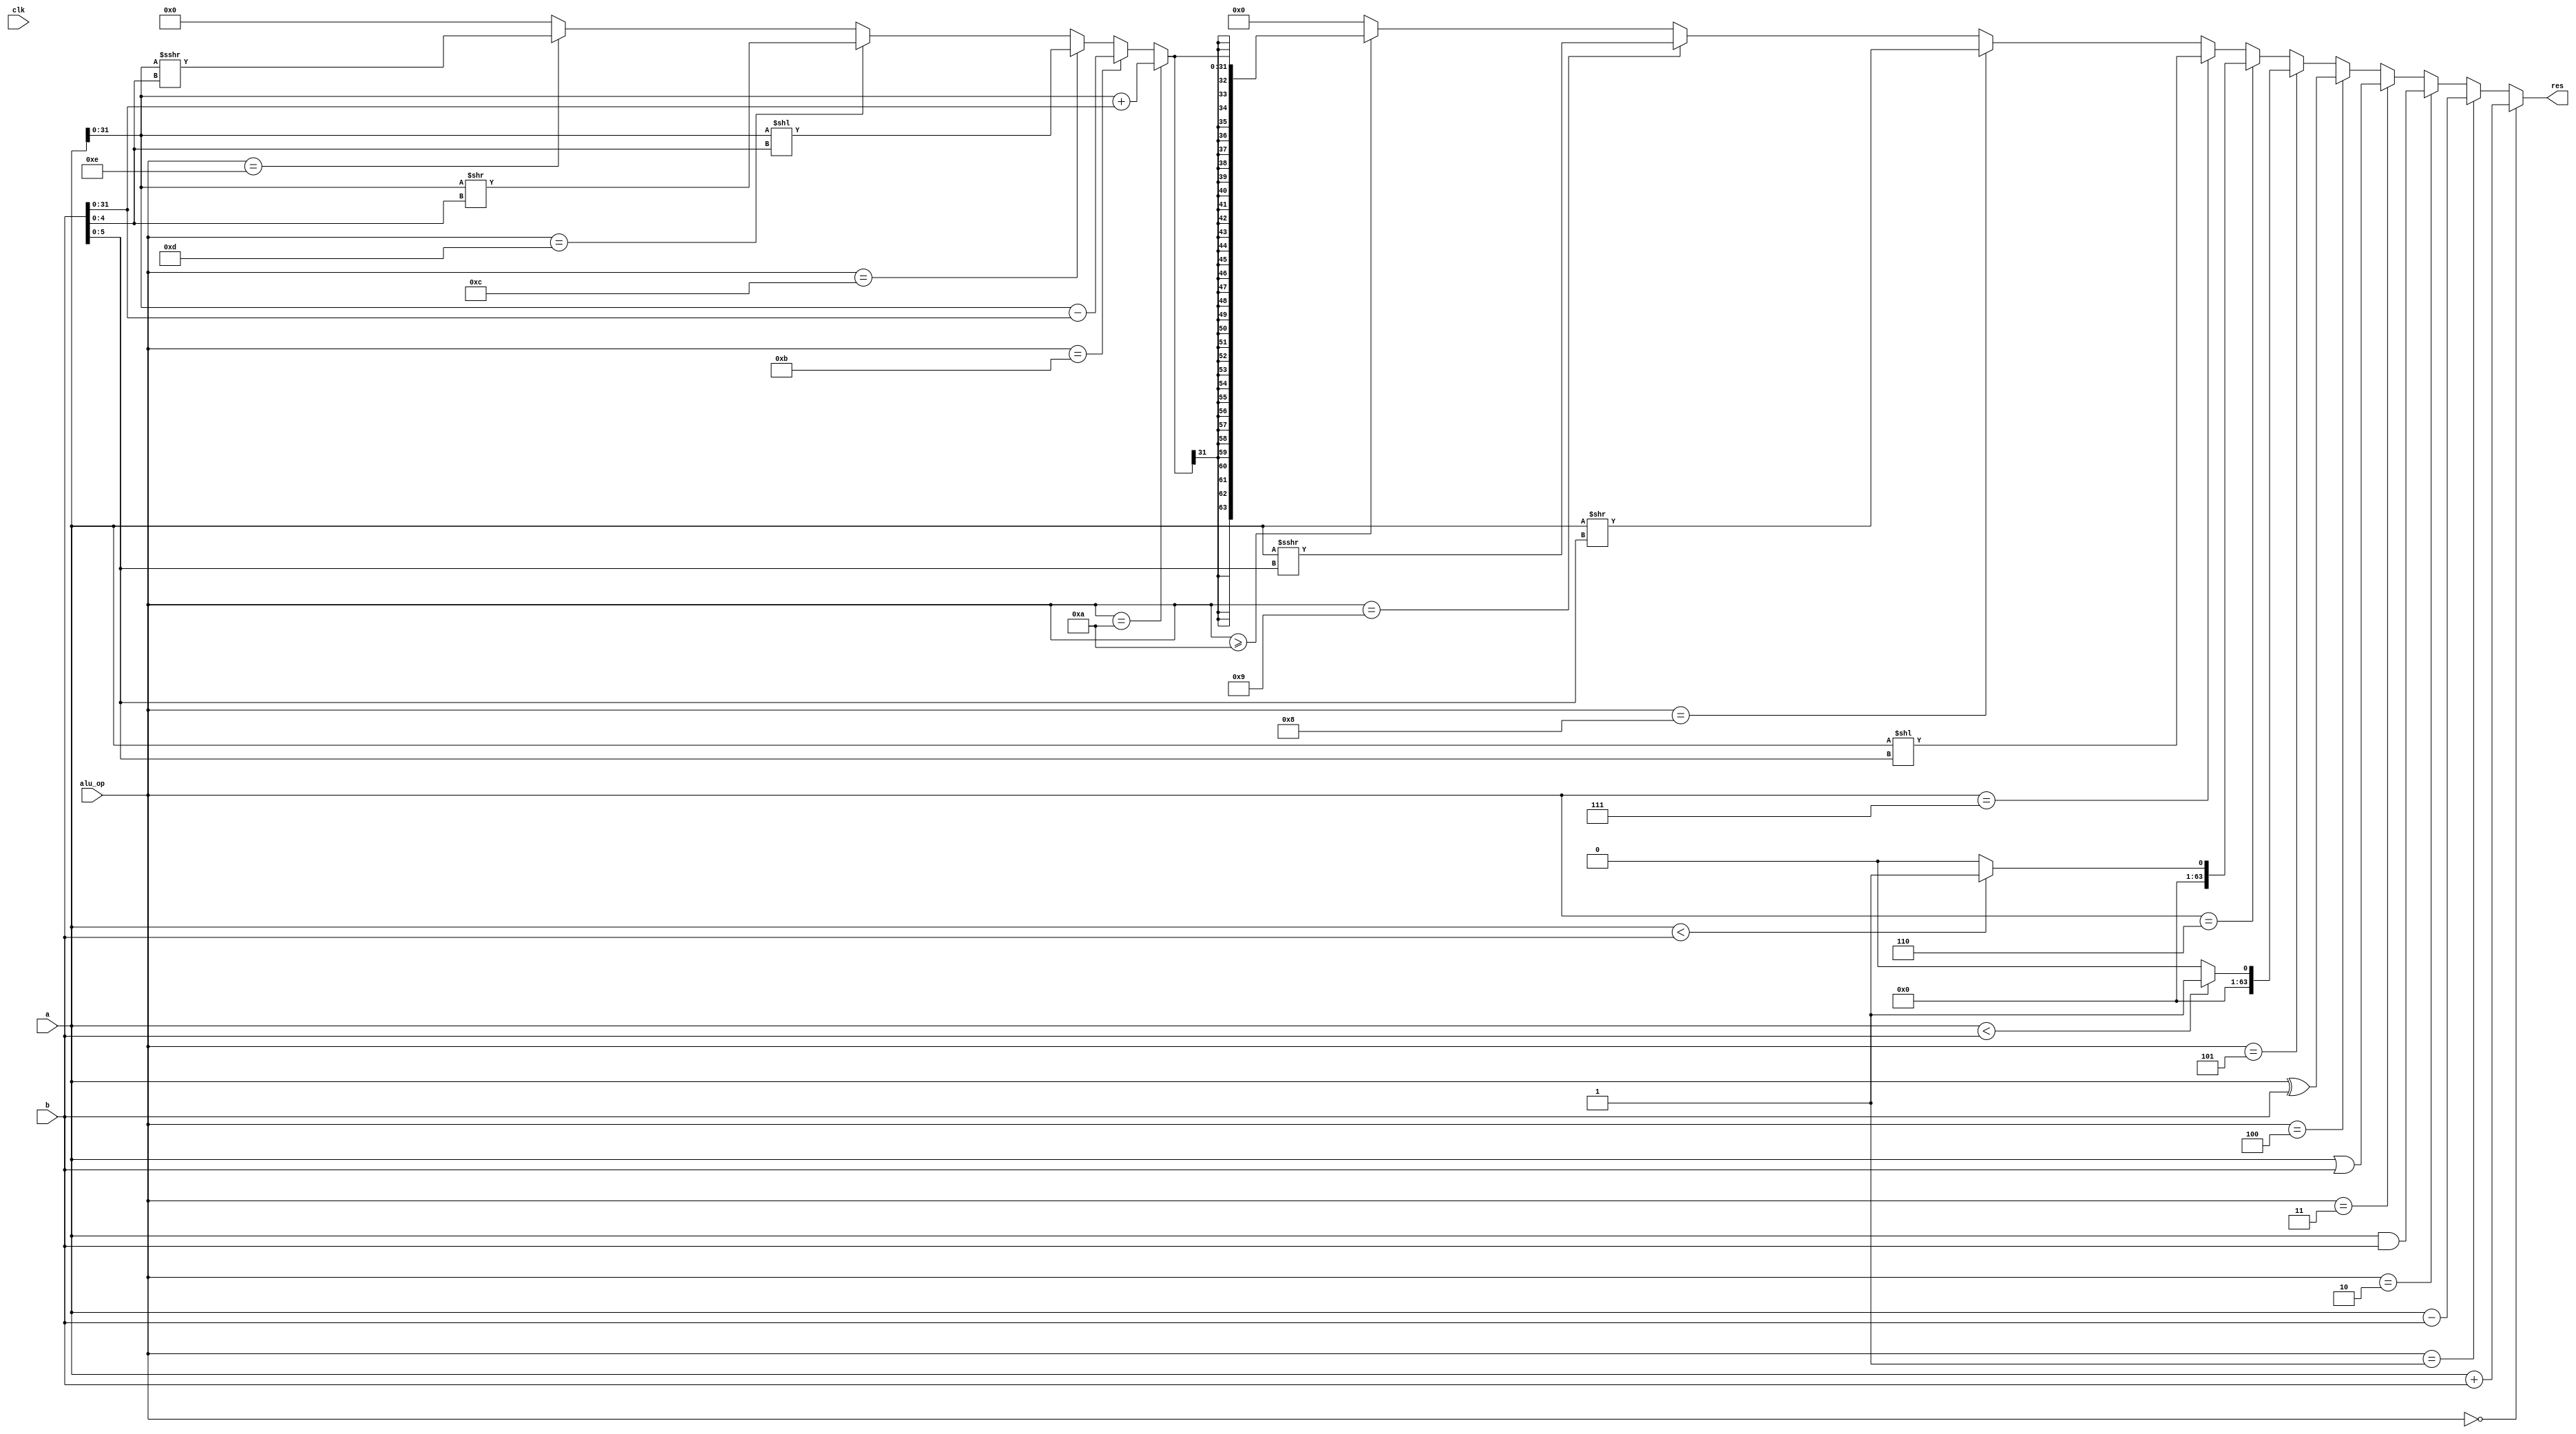
`define ALU_ADD 4'b0000
`define ALU_SUB 4'b0001
`define ALU_AND 4'b0010
`define ALU_OR 4'b0011
`define ALU_XOR 4'b0100
`define ALU_SLT 4'b0101
`define ALU_SLTU 4'b0110
`define ALU_SLL 4'b0111
`define ALU_SRL 4'b1000
`define ALU_SRA 4'b1001
`define ALU_ADDW 4'b1010
`define ALU_SUBW 4'b1011
`define ALU_SLLW 4'b1100
`define ALU_SRLW 4'b1101
`define ALU_SRAW 4'b1110

module ALU (
  input  clk,
  input  [63:0] a,
  input  [63:0] b,
  input  [3:0]  alu_op,
  output [63:0] res
);

  wire signed [63:0] sa = a;
  wire signed [63:0] sb = b;
  wire signed [31:0] la = a[31:0];
  wire signed [31:0] lb = b[31:0];
  wire [31:0] lau = a[31:0];
  wire [31:0] lbu = b[31:0];
  wire signed [31:0] lres;

  wire signed [63:0] shift = sa >>> sb[5:0];
  wire signed [31:0] lshift = la >>> lbu[4:0];
  
    assign lres = alu_op == `ALU_ADDW ? la + lb :
          alu_op == `ALU_SUBW ? la - lb :
          alu_op == `ALU_SLLW ? lau << lbu[4:0] :
          alu_op == `ALU_SRLW ? lau >> lbu[4:0] :
          alu_op == `ALU_SRAW ? lshift :
          0;
    assign res = alu_op == `ALU_ADD ? sa + sb : 
          alu_op == `ALU_SUB ? sa - sb :
          alu_op == `ALU_AND ? a & b :
          alu_op == `ALU_OR ? a | b :
          alu_op == `ALU_XOR ? a ^ b : 
          alu_op == `ALU_SLT ? (sa < sb ? 64'b1 : 64'b0) :
          alu_op == `ALU_SLTU ? (a < b ? 64'b1 : 64'b0) :
          alu_op == `ALU_SLL ? a << b[5:0] : 
          alu_op == `ALU_SRL ? a >> b[5:0] :
          alu_op == `ALU_SRA ? shift :
          alu_op >= `ALU_ADDW ? { {(64 - 32){lres[31]}}, lres } : 0;
  
endmodule